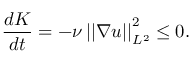
\frac { d K } { d t } = - \nu \left| \left| \nabla \boldsymbol { u } \right| \right| _ { L ^ { 2 } } ^ { 2 } \leq 0 .